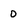
Character: D